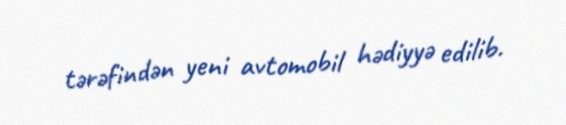
tərəfindən yeni avtomobil hədiyyə edilib.